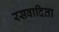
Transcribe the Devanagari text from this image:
रसवादिता